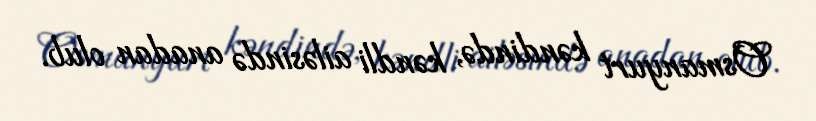
Osmanyurt kəndində, kəndli ailəsində anadan olub.